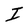
Character: I